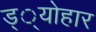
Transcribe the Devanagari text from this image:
ड््योहार